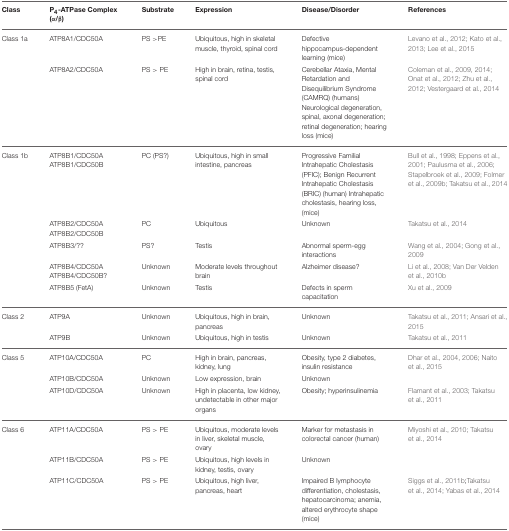
<table><thead><tr><td><b>Class</b></td><td><b>P<sub>4</sub>-ATPase Complex (α/β)</b></td><td><b>Substrate</b></td><td><b>Expression</b></td><td><b>Disease/Disorder</b></td><td><b>References</b></td></tr></thead><tbody><tr><td>Class 1a</td><td>ATP8A1/CDC50A</td><td>PS &gt;PE</td><td>Ubiquitous, high in skeletal muscle, thyroid, spinal cord</td><td>Defective hippocampus-dependent learning (mice)</td><td>Levano et al., 2012; Kato et al., 2013; Lee et al., 2015</td></tr><tr><td></td><td>ATP8A2/CDC50A</td><td>PS &gt; PE</td><td>High in brain, retina, testis, spinal cord</td><td>Cerebellar Ataxia, Mental Retardation and Disequilibrium Syndrome (CAMRQ) (humans) Neurological degeneration, spinal, axonal degeneration; retinal degeneration; hearing loss (mice)</td><td>Coleman et al., 2009, 2014; Onat et al., 2012; Zhu et al., 2012; Vestergaard et al., 2014</td></tr><tr><td>Class 1b</td><td>ATP8B1/CDC50A ATP8B1/CDC50B</td><td>PC (PS?)</td><td>Ubiquitous, high in small intestine, pancreas</td><td>Progressive Familial Intrahepatic Cholestasis (PFIC); Benign Recurrent Intrahepatic Cholestasis (BRIC) (human) Intrahepatic cholestasis, hearing loss, (mice)</td><td>Bull et al., 1998; Eppens et al., 2001; Paulusma et al., 2006; Stapelbroek et al., 2009; Folmer et al., 2009b; Takatsu et al., 2014</td></tr><tr><td></td><td>ATP8B2/CDC50A ATP8B2/CDC50B</td><td>PC</td><td>Ubiquitous</td><td>Unknown</td><td>Takatsu et al., 2014</td></tr><tr><td></td><td>ATP8B3/??</td><td>PS?</td><td>Testis</td><td>Abnormal sperm-egg interactions</td><td>Wang et al., 2004; Gong et al., 2009</td></tr><tr><td></td><td>ATP8B4/CDC50A ATP8B4/CDC50B?</td><td>Unknown</td><td>Moderate levels throughout brain</td><td>Alzheimer disease?</td><td>Li et al., 2008; Van Der Velden et al., 2010b</td></tr><tr><td></td><td>ATP8B5 (FetA)</td><td>Unknown</td><td>Testis</td><td>Defects in sperm capacitation</td><td>Xu et al., 2009</td></tr><tr><td>Class 2</td><td>ATP9A</td><td>Unknown</td><td>Ubiquitous, high in brain, pancreas</td><td>Unknown</td><td>Takatsu et al., 2011; Ansari et al., 2015</td></tr><tr><td></td><td>ATP9B</td><td>Unknown</td><td>Ubiquitous, high in testis</td><td>Unknown</td><td>Takatsu et al., 2011</td></tr><tr><td>Class 5</td><td>ATP10A/CDC50A</td><td>PC</td><td>High in brain, pancreas, kidney, lung</td><td>Obesity, type 2 diabetes, insulin resistance</td><td>Dhar et al., 2004, 2006; Naito et al., 2015</td></tr><tr><td></td><td>ATP10B/CDC50A</td><td>Unknown</td><td>Low expression, brain</td><td>Unknown</td><td></td></tr><tr><td></td><td>ATP10D/CDC50A</td><td>Unknown</td><td>High in placenta, low kidney, undetectable in other major organs</td><td>Obesity; hyperinsulinemia</td><td>Flamant et al., 2003; Takatsu et al., 2011</td></tr><tr><td>Class 6</td><td>ATP11A/CDC50A</td><td>PS &gt; PE</td><td>Ubiquitous, moderate levels in liver, skeletal muscle, ovary</td><td>Marker for metastasis in colorectal cancer (human)</td><td>Miyoshi et al., 2010; Takatsu et al., 2014</td></tr><tr><td></td><td>ATP11B/CDC50A</td><td>PS &gt; PE</td><td>Ubiquitous, high levels in kidney, testis, ovary</td><td>Unknown</td><td></td></tr><tr><td></td><td>ATP11C/CDC50A</td><td>PS &gt; PE</td><td>Ubiquitous, high liver, pancreas, heart</td><td>Impaired B lymphocyte differentiation, cholestasis, hepatocarcinoma; anemia, altered erythrocyte shape (mice)</td><td>Siggs et al., 2011b;Takatsu et al., 2014; Yabas et al., 2014</td></tr></tbody></table>